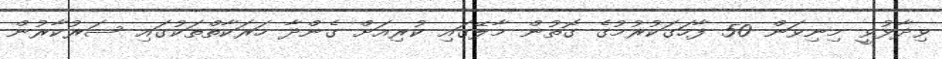
ވިދާޅުވީ މިނިވަން 50 ފާހަގަކުރުމުގެ ގޮތުން މާލޭގައި ކުރިއަށް ގެންދާ ހަރަކާތްތަކުގައި ސަރުކާރުން